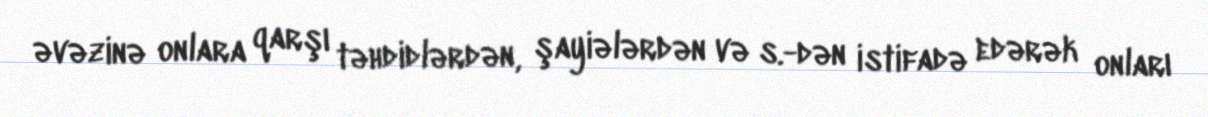
əvəzinə onlara qarşı təhdidlərdən, şayiələrdən və s.-dən istifadə edərək onları